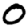
Digit: 0